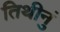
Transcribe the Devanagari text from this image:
तिथीनुं